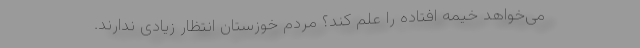
می‌خواهد خیمه افتاده را علم کند؟ مردم خوزستان انتظار زیادی ندارند.